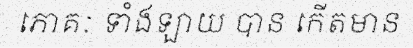
ភោគៈ ទាំងឡាយ បាន កើតមាន